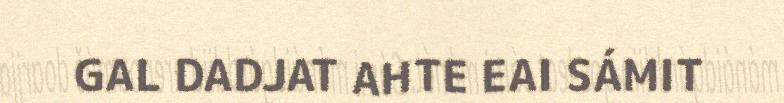
GAL DADJAT AHTE EAI SÁMIT